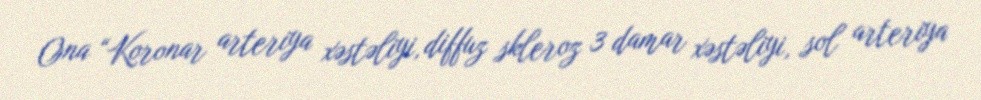
Ona “Koronar arteriya xəstəliyi, diffuz skleroz 3 damar xəstəliyi, sol arteriya